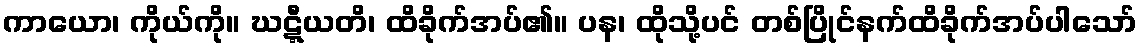
ကာယော၊ ကိုယ်ကို။ ဃဋ္ဋီယတိ၊ ထိခိုက်အပ်၏။ ပန၊ ထိုသို့ပင် တစ်ပြိုင်နက်ထိခိုက်အပ်ပါသော်